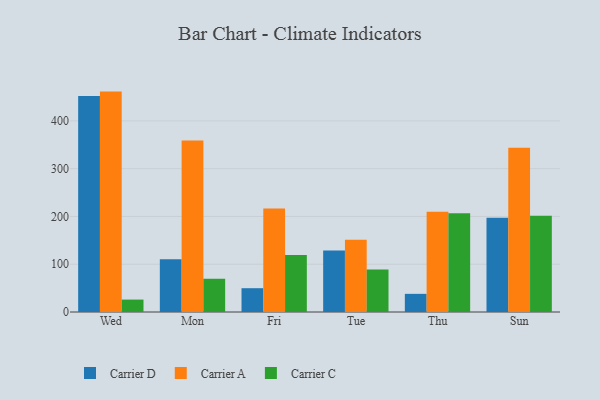
{"axis": {"x": "Day", "y": "Tickets Resolved"}, "legend": ["Carrier A", "Carrier C", "Carrier D"], "data": [{"x": "Wed", "y": 452.1, "type": "Carrier D"}, {"x": "Wed", "y": 461.4, "type": "Carrier A"}, {"x": "Wed", "y": 26.0, "type": "Carrier C"}, {"x": "Mon", "y": 110.2, "type": "Carrier D"}, {"x": "Mon", "y": 359.2, "type": "Carrier A"}, {"x": "Mon", "y": 69.6, "type": "Carrier C"}, {"x": "Fri", "y": 49.8, "type": "Carrier D"}, {"x": "Fri", "y": 216.9, "type": "Carrier A"}, {"x": "Fri", "y": 119.5, "type": "Carrier C"}, {"x": "Tue", "y": 128.8, "type": "Carrier D"}, {"x": "Tue", "y": 151.5, "type": "Carrier A"}, {"x": "Tue", "y": 88.9, "type": "Carrier C"}, {"x": "Thu", "y": 38.0, "type": "Carrier D"}, {"x": "Thu", "y": 209.7, "type": "Carrier A"}, {"x": "Thu", "y": 206.5, "type": "Carrier C"}, {"x": "Sun", "y": 197.1, "type": "Carrier D"}, {"x": "Sun", "y": 343.7, "type": "Carrier A"}, {"x": "Sun", "y": 201.6, "type": "Carrier C"}]}